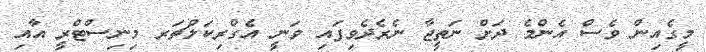
މީގެއިން ވެސް އެންމެ ދަށް ނަތީޖާ ނެރެދެވިފައި ވަނީ އެގްރިކަލްޗަރ މިނިސްޓްރީ އާއި